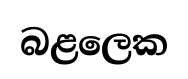
බළලෙක